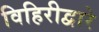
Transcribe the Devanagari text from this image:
विहिरीद्वारे